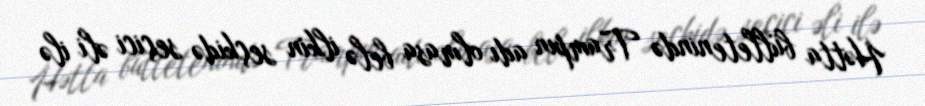
Hətta bülletenində Trampın adı olmasa belə ilkin seçkidə seçici əli ilə